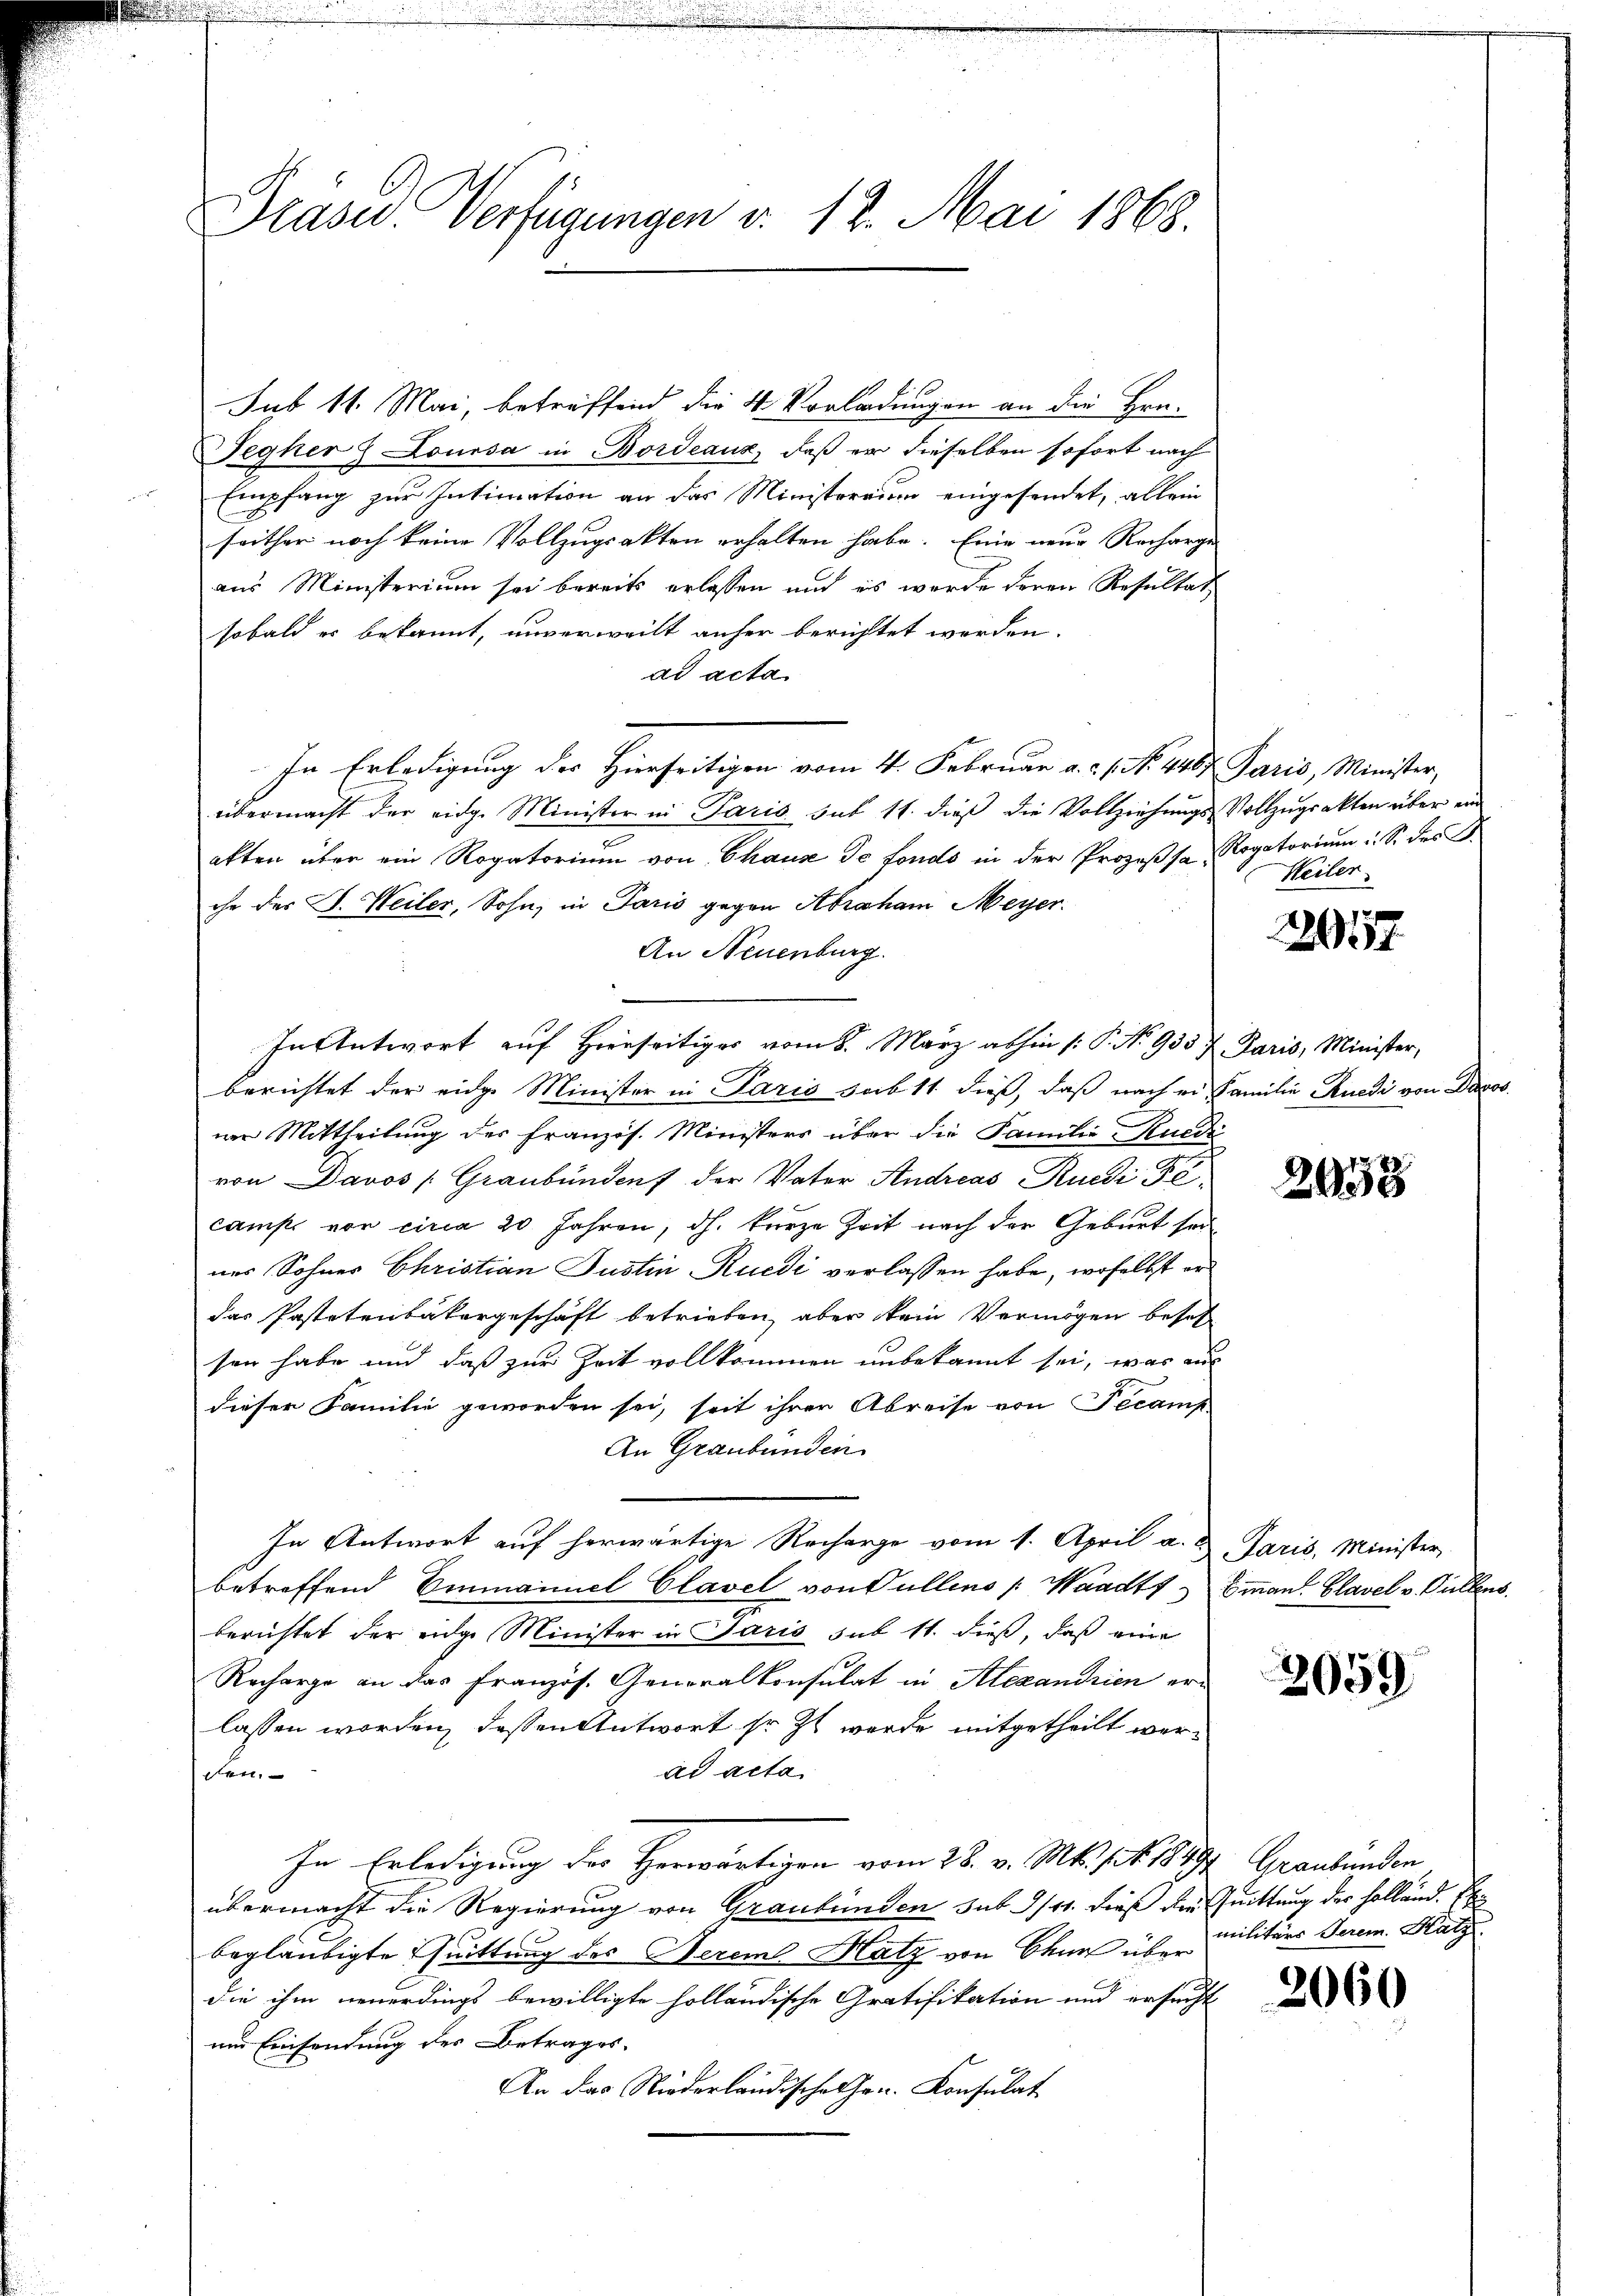
Präses Verfügungen v. 12. Mai 1868.

Sub 11. Mai, betreffend die 4 Vorladungen an die Hrn.
Tegher & Loussa in Bordeaus, daß er dieselben sofort nach
Empfang zur Intimation an das Ministeraum eingesendet, allein
seither noch keine Vollzugsakten erhalten habe. Eine neue Recharge
aus Ministerium sei bereits erlassen und es werde deren Resultat
sobald er bekannt, unverweilt anher berichtet werden.
ad acta
In Erledigung der Hierseitigen vom 4. Februar a. . . N. 4487. Paris, Minister,
übermacht der eidg. Minister in Paris sub 11. dieß die Vollziehungs-Vollzugrakten über ein
akten über ein Rogatorium von Chause de fonds in der Prozeβsa, Rogatorium u. S. des B
che des J. Weiler, Sohn, in Paris gegen Abraham Meyer¬
An Neuenburg.
In Antwort auf Hierseitiges vom 8. März abhin /: P. No 935 J. Paris, Minister,
berichtet der eidge Minister in Paris sub 11 dieß, daß nach ei Familie Ruedi von Davos
ner Mittheilung des Französ. Ministers über die Familie -Kuedi
von Davos (Graubünden der Vater Andreas Rüedi Fe
camp von circa 20 Jahren, dh. kurze Zeit nach der Geburt sei
ner Sohner Christian Justin Ruedi verlassen habe, woselbst er
das Pastetenbakergeschäft betrieben, aber kein Vermögen besch
son habe und daß zur Zeit vollkommen unbekannt sei, was auf
dieser Familie geworden sei, seit ihrer Abreise von Fecamp
An Graubünden
In Antwort auf herwärtige Recharge vom 1. April a. u. Paris, Minister
betreffend Emmannel Clavel von Pullens [ Waadt, Eman Glavel v. Güllens
berichtet der eidge Minister in Paris sub 11. dieß, daß eine
Racharge an das Französ. Generalkonsulat in Alexandrien er-
lassen worden, dassen Antwort sr. Zt. werde mitgetheilt werad acta
den.
In Erledigung der Herwärtigen vom 28. v. Mts. 14. 1849 Graubünden
übermacht die Regierung von Graubünden sub 9/11. dieß der Quittung des Holländ. Ex
begläubigte Quittung des Serem Katz von Chur über
die ihm neuerdings bewilligte holländische Gratifikation und ersucht
und Einsendung des Betrages
An das Niederländische Hrn. Konsulat

Weiler

3917

2033

2059

militärs Serem. Katz.

2060